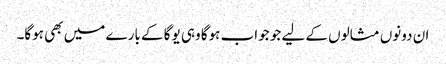
ان دونوں مثالوں کے لیے جو جواب ہوگا وہی یوگا کے بارے میں بھی ہوگا۔